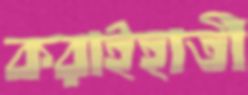
করাইহাতী